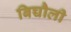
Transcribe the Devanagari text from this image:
बिच्चौली